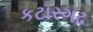
કટારગઢ